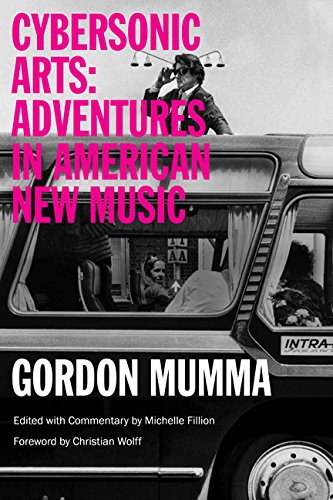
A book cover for Cybersonic Arts: Adventures in American New Music (Music in American Life); Gordon Mumma; Biographies & Memoirs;